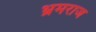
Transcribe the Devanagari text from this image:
भ्रमराज